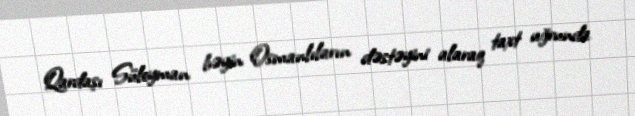
Qardaşı Süleyman bəyin Osmanlıların dəstəyini alaraq taxt uğrunda